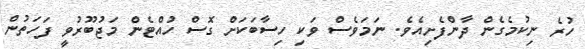
ހުރެ ނިކުމެގެން ދާންފެށިއެވެ. ނަމަވެސް ވަކި ހިސާބަކަށް ގޮސް ހުއްޓެން މަޖުބޫރުވީ ފަހަތުން